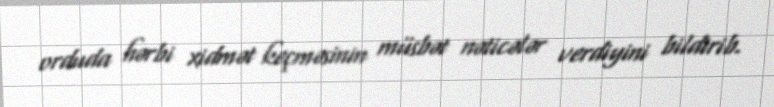
orduda hərbi xidmət keçməsinin müsbət nəticələr verdiyini bildirib.